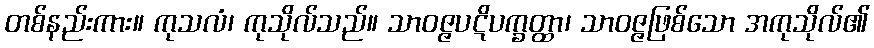
တစ်နည်းကား။ ကုသလံ၊ ကုသိုလ်သည်။ သာဝဇ္ဇပဋိပက္ခတ္ထာ၊ သာဝဇ္ဇဖြစ်သော အကုသိုလ်၏